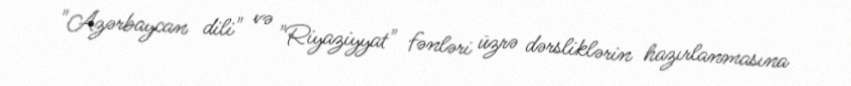
"Azərbaycan dili" və "Riyaziyyat" fənləri üzrə dərsliklərin hazırlanmasına